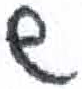
אות: ש